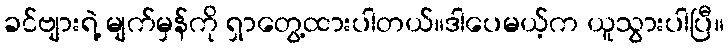
ခင်ဗျားရဲ့ မျက်မှန်ကို ရှာတွေ့ထားပါတယ်။ဒါပေမယ့်က ယူသွားပါပြီ။